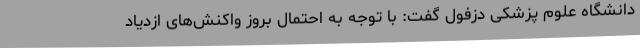
دانشگاه علوم پزشکی دزفول گفت: با توجه به احتمال بروز واکنش‌های ازدیاد